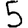
Digit: 5